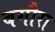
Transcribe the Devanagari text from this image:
बगौरा